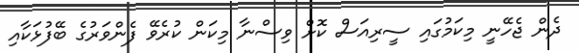
ދެން ޖެހޭނީ މިކަމުގައި ސީރިއަސް ކޮށް ވިސްނާ މިކަން ކުރެވޭ ފެންވަރުގެ ބޭފުޅަކާއި